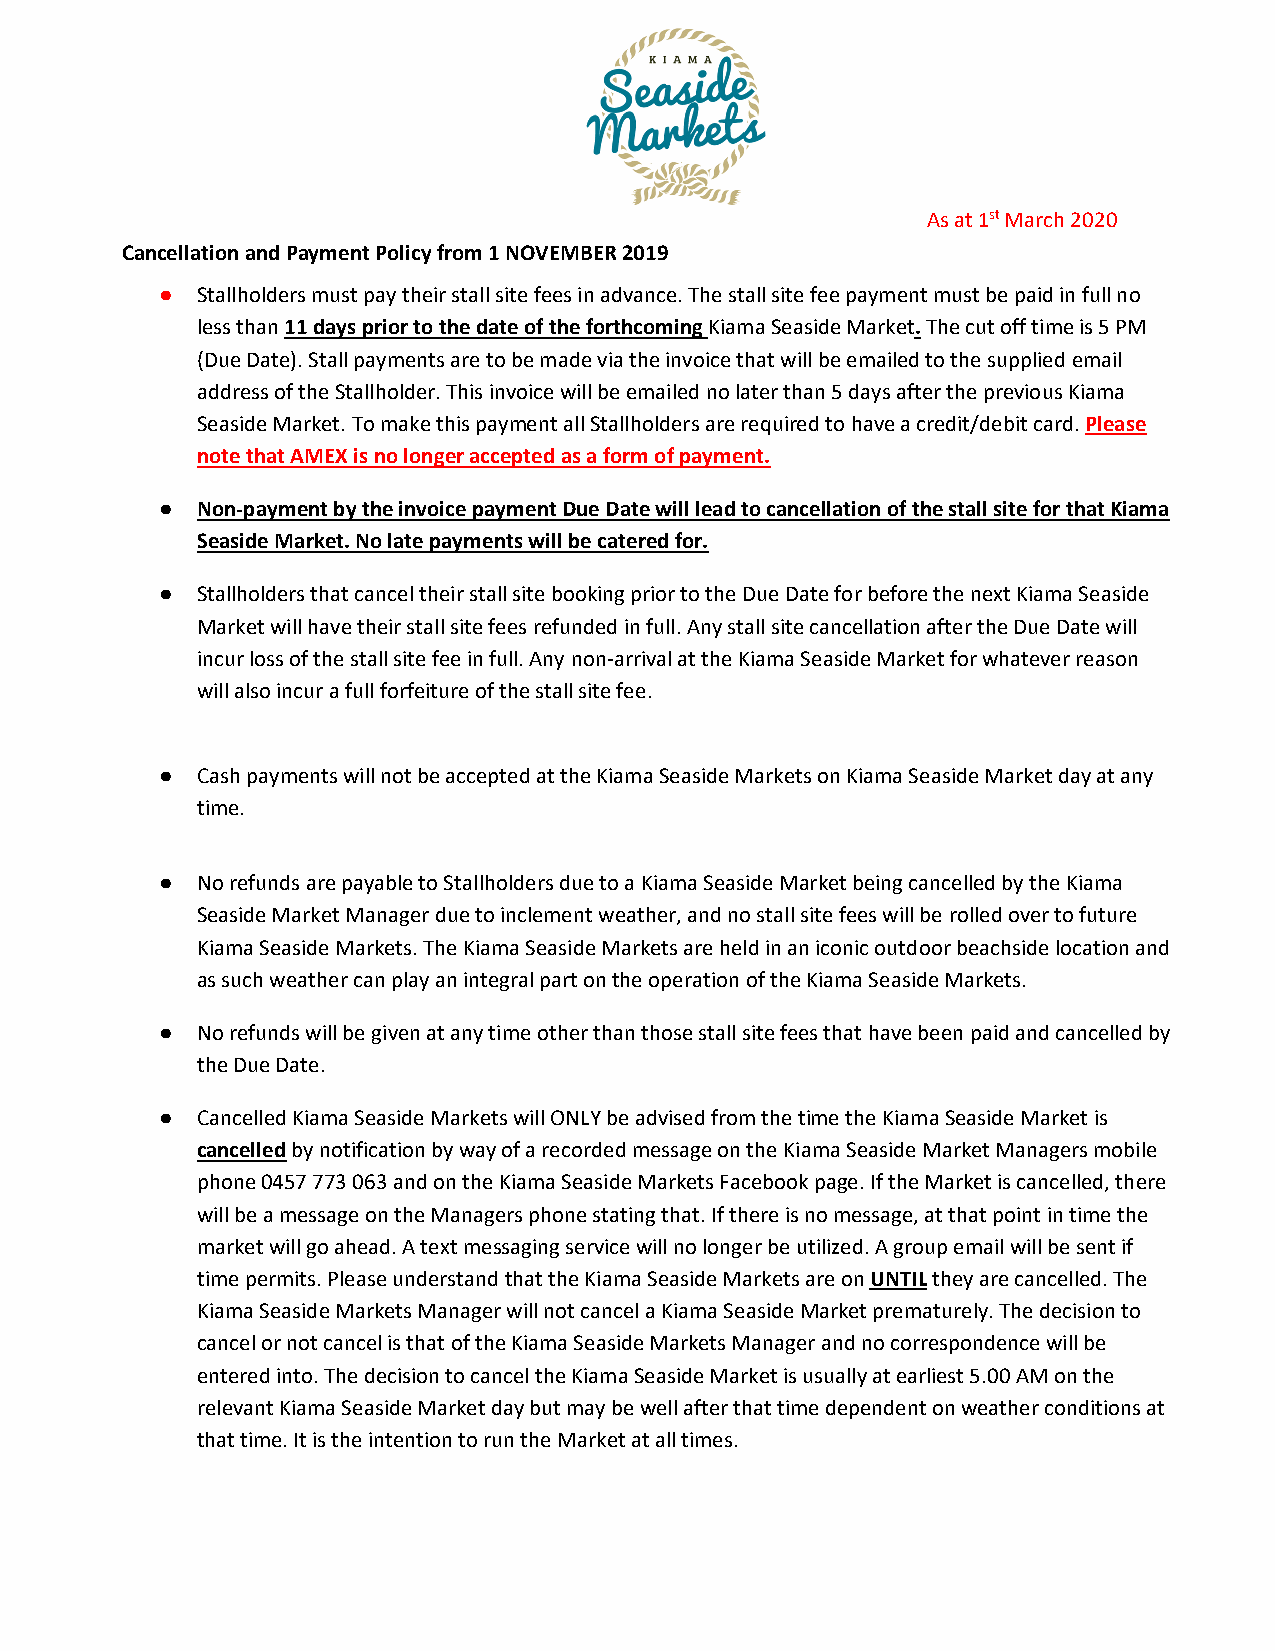
As at 1st March 2020
 Cancellation and Payment Policy from 1 NOVEMBER 2019
 ● Stallholders must pay their stall site fees in advance. The stall site fee payment must be paid in full no
 less than 11 days prior to the date of the forthcoming Kiama Seaside Market. The cut off time is 5 PM
 (Due Date). Stall payments are to be made via the invoice that will be emailed to the supplied email
 address of the Stallholder. This invoice will be emailed no later than 5 days after the previous Kiama
 Seaside Market. To make this payment all Stallholders are required to have a credit/debit card. Please
 note that AMEX is no longer accepted as a form of payment.
 ● Non-payment by the invoice payment Due Date will lead to cancellation of the stall site for that Kiama
 Seaside Market. No late payments will be catered for.
 ● Stallholders that cancel their stall site booking prior to the Due Date for before the next Kiama Seaside
 Market will have their stall site fees refunded in full. Any stall site cancellation after the Due Date will
 incur loss of the stall site fee in full. Any non-arrival at the Kiama Seaside Market for whatever reason
 will also incur a full forfeiture of the stall site fee.
 ● Cash payments will not be accepted at the Kiama Seaside Markets on Kiama Seaside Market day at any
 time.
 ● No refunds are payable to Stallholders due to a Kiama Seaside Market being cancelled by the Kiama
 Seaside Market Manager due to inclement weather, and no stall site fees will be rolled over to future
 Kiama Seaside Markets. The Kiama Seaside Markets are held in an iconic outdoor beachside location and
 as such weather can play an integral part on the operation of the Kiama Seaside Markets.
 ● No refunds will be given at any time other than those stall site fees that have been paid and cancelled by
 the Due Date.
 ● Cancelled Kiama Seaside Markets will ONLY be advised from the time the Kiama Seaside Market is
 cancelled by notification by way of a recorded message on the Kiama Seaside Market Managers mobile
 phone 0457 773 063 and on the Kiama Seaside Markets Facebook page. If the Market is cancelled, there
 will be a message on the Managers phone stating that. If there is no message, at that point in time the
 market will go ahead. A text messaging service will no longer be utilized. A group email will be sent if
 time permits. Please understand that the Kiama Seaside Markets are on UNTIL they are cancelled. The
 Kiama Seaside Markets Manager will not cancel a Kiama Seaside Market prematurely. The decision to
 cancel or not cancel is that of the Kiama Seaside Markets Manager and no correspondence will be
 entered into. The decision to cancel the Kiama Seaside Market is usually at earliest 5.00 AM on the
 relevant Kiama Seaside Market day but may be well after that time dependent on weather conditions at
 that time. It is the intention to run the Market at all times.